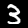
Digit: 3